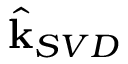
\hat { \mathbf { k } } _ { S V D }